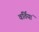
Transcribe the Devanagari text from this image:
वर्तियां